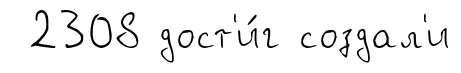
2308 дост'и́г создал'и